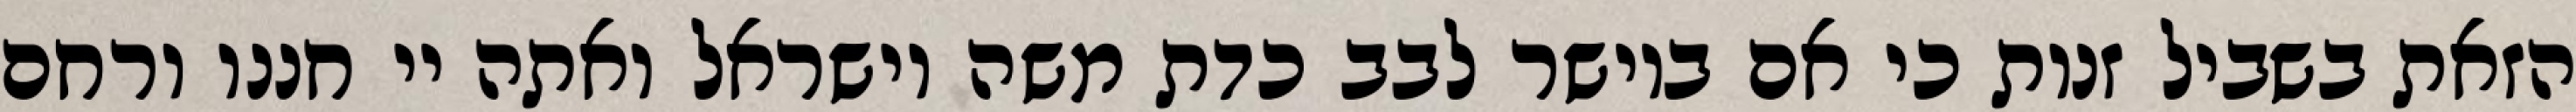
הזאת בשביל זנות כי אם ביושר לבב כדת משה וישראל ואתה יי חננו ורחם